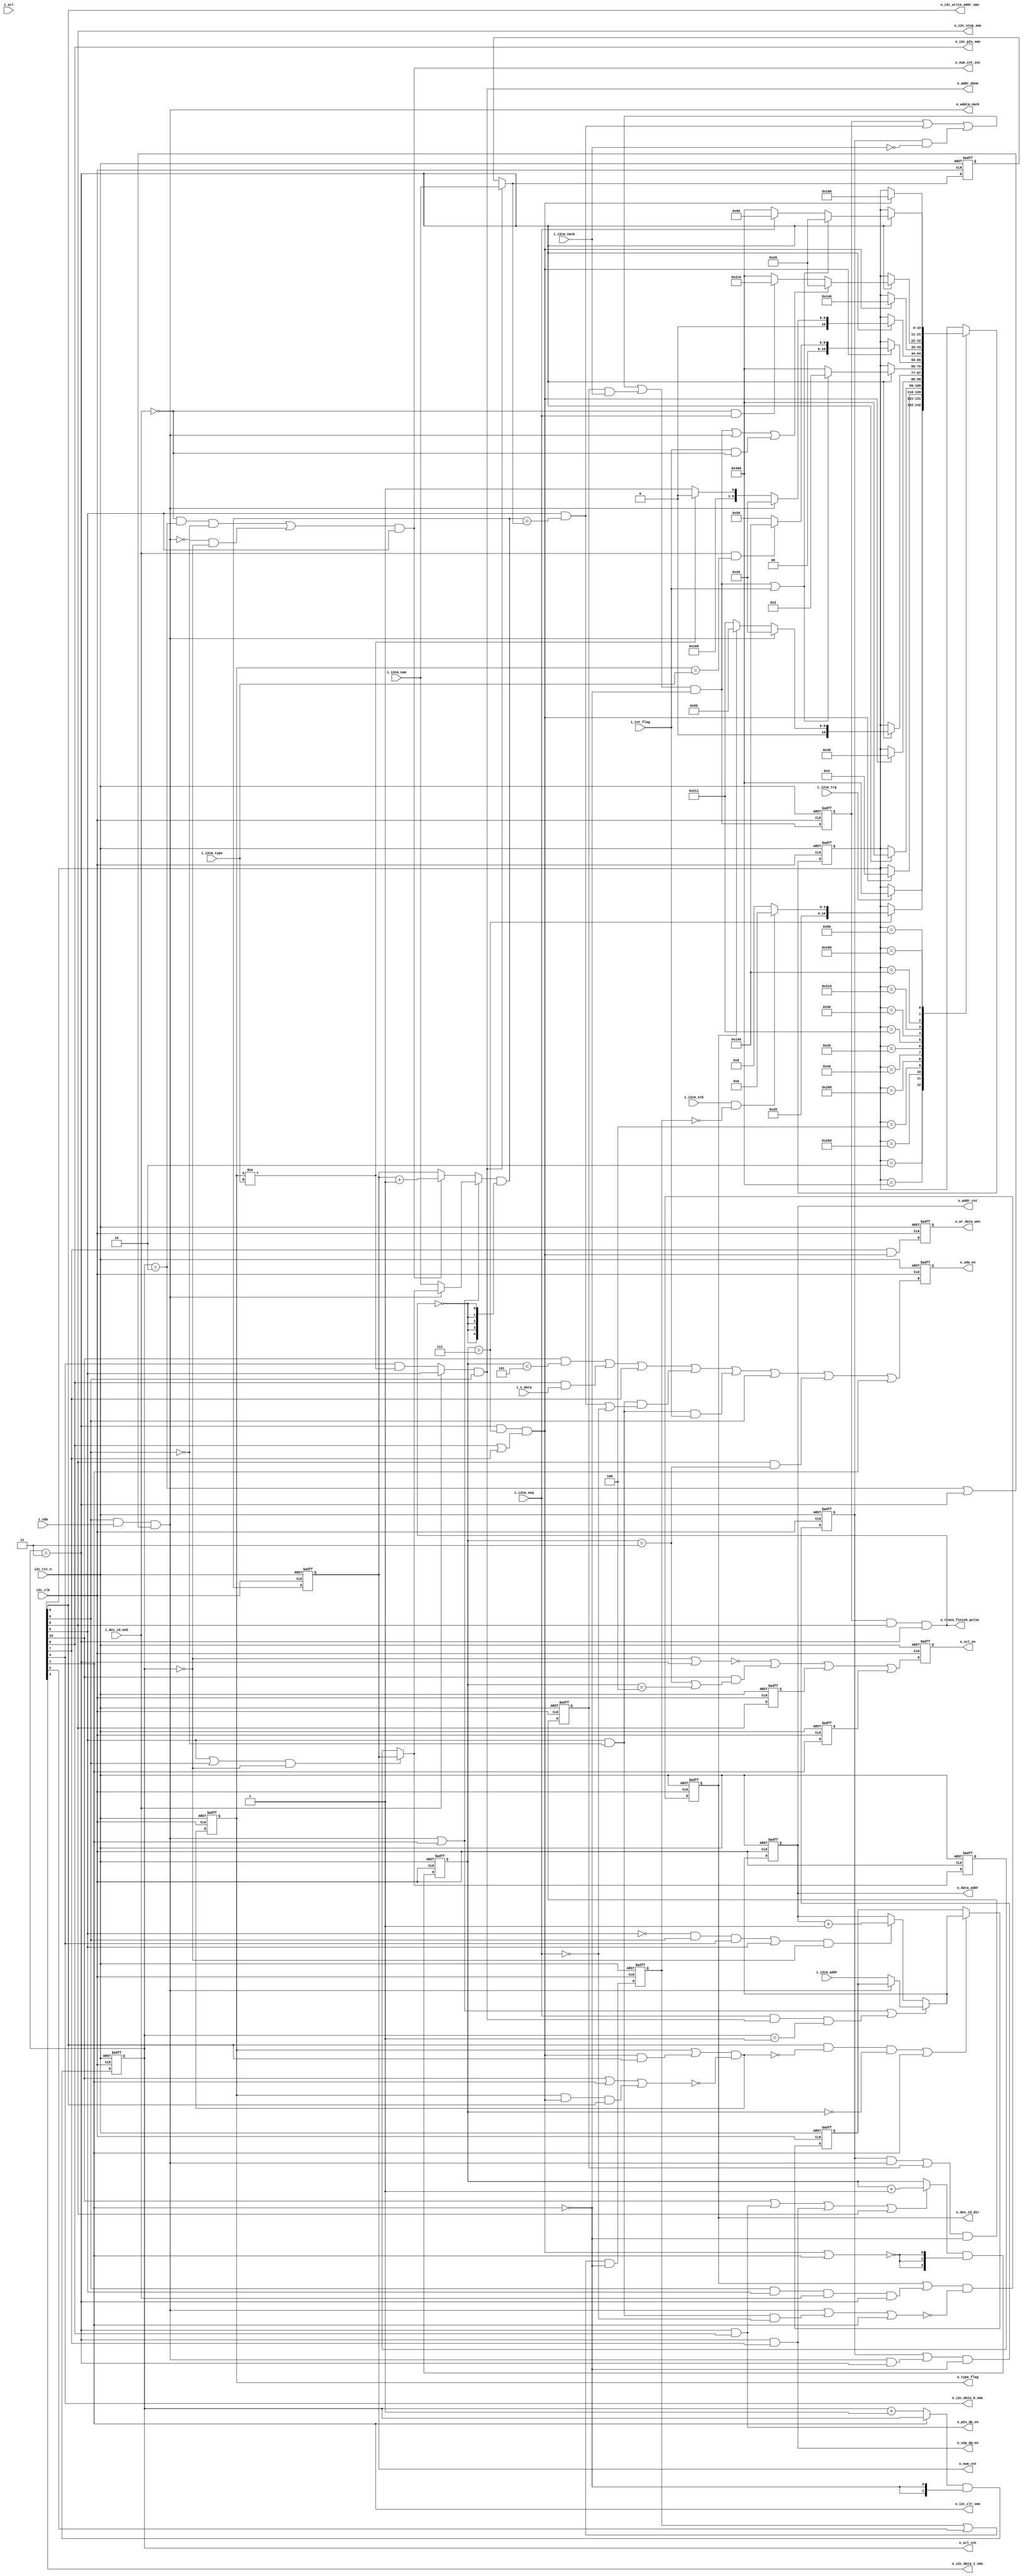
// +FHDR -----------------------------------------------------------------------
// Copyright (c) Silicon Optronics. Inc. 2014
//
// Version:             $Revision$
// Last Modified By:    $Author$
//
// File Description:    i2c master control block 
//                      
// Clock Domain:        input:384k,1536k,2048k,3072k
//                      output(SCL):96k,384k,512k,768k
//                      output(CLK):384k,1536k,2048k,3072k
// interrupt:           i_int_flag is means that the current transmit will be interrupt and i2c master will start a new transmit.
//                      arbiter receive trg_0 when trg_1 is working , then i_int_flag will be setted to 1. after i2c master status comes to 
//                      I2C_IDLE then i_int_flag will go down to 0. trg_0 transmit will start after interrupt go to 0 and trg_1 will resume 
//                      after trg_0 finish transmitting.
// -FHDR -----------------------------------------------------------------------
module i2cm_ctrl

   #( 
      parameter  NUM_WID     = 5
     )
(
//----------------------------------------------//
// Output declaration                           //
//----------------------------------------------//

output   reg                  o_sda_en,                     //use enable to control io_sda
output   reg                  o_scl_en,                     //use enable to control io_scl
output   reg                  o_wr_data_wen, 
output       [7:0]            o_data_addr, 
output                        o_trans_finish_pulse,
output                        o_wdata_nack,
output   reg [7:0]            o_addr_cnt,
output   reg [NUM_WID-1:0]    o_num_cnt,
output                        o_i2c_clr_smo,
output                        o_addr_done,
output   reg                  o_type_flag,
output                        o_num_cnt_inc,
output   reg [1:0]            o_scl_cnt,
output                        o_i2c_stop_smo,

output                        o_i2c_p2s_smo,                      
output                        o_i2c_data_0_smo, 
output                        o_i2c_data_1_smo, 
output                        o_i2c_write_addr_smo,   
output   reg                  o_dev_id_dir,                 //change dirction of the transmit       
output                        o_p2s_dp_en,
output                        o_s2p_dp_en,   
        

//----------------------------------------------//
// Input declaration                            //
//----------------------------------------------//

input                         i2c_clk,
input                         i2c_rst_n,
input                         i_i2cm_type,                  //8a8d , 16a8d
input                         i_i2cm_nack,
input                         i_i2cm_stb,                   //open start byte or not
input                         i_i2cm_seq,                   //ramdom mode , sequencial mode 
input                         i_dev_id_msb,                 //be used to know the data direction 
input                         i_sda,                        //input sda
input                         i_scl,                        //input scl
input                         i_i2cm_trg,                   //trigger signal 
input                         i_s_data,                     //the internal signal from p2s . this signal will go to control the sda enable

input [NUM_WID-1:0]           i_i2cm_num,
input [7:0]                   i_i2cm_addr,
input                         i_int_flag                    //arbiter receive trg_0 when trg_1 is working 
                                                            //then i2c master will receive i_int_flag  
);

//----------------------------------------------//
// Local Parameter                              //
//----------------------------------------------//

localparam [10:0]  I2C_IDLE           = 11'b000_0000_0010,  //wait the trigger signal and clear all flag
                   I2C_START          = 11'b100_0000_0000,  //make the start signal for sda 
                   I2C_STB            = 11'b010_0000_0000,  //let sda send start signal 
                   I2C_STB_ACK        = 11'b000_0000_0100,  //wait start byte ack 
                   I2C_ID             = 11'b010_0000_1000,  //send device id with sda 
                   I2C_ID_ACK         = 11'b000_0100_1000,  //wait the id ack
                   I2C_STOP           = 11'b000_0010_0000,  //send the stop signal with sda 
                   I2C_WADDR          = 11'b010_0001_0001,  //write address to slave i2c 
                   I2C_WADDR_ACK      = 11'b000_0101_0000,  //wait for the waddr ack 
                   I2C_WR_DATA        = 11'b010_0001_0000,  //write data to i2c slave 
                   I2C_NUM_ACK        = 11'b001_0100_0000,  //only this status will go to stop or start status
                   I2C_RD_DATA        = 11'b000_1000_0000,  //read data from i2c slave 
                   I2C_RD_ACK         = 11'b001_0000_0000;  //send ack or nonack signal 



//----------------------------------------------//
// Register & Wire declaration                  //
//----------------------------------------------//

//---------------------------------------------fsm condition & flag
reg   [10:0]           i2c_m_cs;
reg   [10:0]           i2c_m_ns;      
wire                   i2c_stb_smo;                      
wire                   i2c_s2p_smo;           
wire                   i2c_nack_smo; 
wire                   i2c_num_smo; 
wire                   i2c_start_smo; 
reg                    stb_flag;
wire                   stb_flag_nxt;
reg                    nack_flag;
wire                   nack_flag_nxt;
reg                    nack_flag2;
wire                   nack_flag2_nxt;
wire                   o_type_flag_nxt;
wire                   trg_flag;
wire                   trans_8th;
reg                    trans_finish;
wire                   trans_finish_nxt;
wire                   o_dev_id_dir_nxt;
//---------------------------------------------output 
wire                   o_scl_en_nxt;
wire                   o_sda_en_nxt;
wire                   o_wr_data_wen_nxt;
//---------------------------------------------others 
wire                   num_done;
reg                    o_i2c_clr_smo_q;
reg                    o_i2c_stop_smo_q;
wire  [7:0]            addr_cnt_basic_nxt;
reg   [7:0]            addr_cnt_basic;
wire  [NUM_WID-1:0]    num_basic_nxt;
reg   [NUM_WID-1:0]    num_basic;
reg   [NUM_WID-1:0]    trans_num;
wire  [NUM_WID-1:0]    trans_num_nxt;
//---------------------------------------------counter 
wire  [NUM_WID-1:0]    o_num_cnt_nxt;
wire                   num_cnt_clr;
wire                   num_cnt_set;
wire  [NUM_WID-1:0]    num_cnt_set_val;
wire  [7:0]            o_addr_cnt_nxt;
wire                   addr_cnt_inc;
wire                   addr_cnt_set;
wire  [7:0]            addr_cnt_set_val;
wire  [1:0]            o_scl_cnt_nxt;
wire                   scl_cnt_inc;
wire                   scl_cnt_clr;
reg   [2:0]            sda_cnt;
wire  [2:0]            sda_cnt_nxt;
wire                   sda_cnt_inc;
wire                   sda_cnt_clr;

//----------------------------------------------//
// Code Descriptions                            //
//----------------------------------------------//

//---------------fsm condition & flag

assign trg_flag            = i_i2cm_trg;
assign stb_flag_nxt        = (stb_flag | i2c_stb_smo) & ~(o_i2c_clr_smo);  
assign nack_flag_nxt       = (nack_flag | (o_wdata_nack & o_scl_cnt==2'h3)) & ~(o_i2c_clr_smo);    // nack flag wave 
assign nack_flag2_nxt      = ((nack_flag & o_wdata_nack) | nack_flag2) & ~(o_i2c_clr_smo);         // nack flag wave (the second times nack)
assign o_type_flag_nxt     = (o_type_flag | (trans_8th & o_i2c_write_addr_smo)) &      // set to 1 in waddr (16a8d)
                             ~(i2c_start_smo | o_i2c_clr_smo |                         // clear in start status or idle status 
                             (o_type_flag & trans_8th & o_i2c_write_addr_smo));        // clear flag in waddr when the flag already set to 1 
assign trans_8th           = (o_scl_cnt==2'h3) & (sda_cnt==3'h7) &   // when transmit to the eighth bit , this signal will set to one 
                             (o_i2c_p2s_smo | i2c_s2p_smo);          // will enable when the status is I2C_STB or I2C_ID or I2C_WADDR or    
                                                                     // I2C_WR_DATA or I2C_RD_DATA
assign o_wdata_nack        = i2c_nack_smo & i_sda & 
                             (o_scl_cnt==2'h2 | o_scl_cnt==2'h3);    // scl_cnt==2 for arbiter fsm ,scl_cnt==3 for i2cm
assign trans_finish_nxt    = (trans_finish | num_done |                     // when num equal to i_i2cm_num , set to 1
                             (nack_flag  & i_i2cm_nack==1'b0) |             // the first time receive nack
                             (nack_flag2 & i_i2cm_nack)) &                  // the second time receive nack
                             ~(o_i2c_clr_smo);
assign o_trans_finish_pulse= trans_finish &
                             o_i2c_stop_smo & o_scl_cnt==2'h3;              // in order to make the pulse 
assign o_dev_id_dir_nxt    = (o_dev_id_dir |
                             (i2c_nack_smo & i2c_num_smo & i_dev_id_msb & o_scl_cnt==2'h3)) & //NUM_ACK status (read address only)
                             ~(o_wdata_nack |                                                 //cannot swift when master receive a nack 
                             (i2c_num_smo & i2c_nack_smo==1'h0 & i_i2cm_seq==1'h0) |    // set to zero in RD_ACK status (random mode only)
                             o_i2c_clr_smo);                                            // set to zero in IDLE status (random mode only)
//----------------output

assign o_scl_en_nxt        = ~(o_scl_cnt==2'h0 | o_scl_cnt==2'h3 ) |                               // scl_en control by o_scl_cnt
                             (i2c_start_smo & (sda_cnt==3'h3 | sda_cnt==3'h4)) |                   // make start pulse
                             o_i2c_stop_smo_q | o_i2c_clr_smo_q;                                   // idle status,stop status
                                                                                                   // scl will keep to 1  
assign o_sda_en_nxt        = (i2c_start_smo & (sda_cnt < 3'h5)) |                                  // start signal 
                             ( o_i2c_p2s_smo & i_s_data) |                                         // according to p2s data 
                             i2c_s2p_smo |                                                         // in read data status 
                             (i2c_num_smo & i2c_nack_smo==1'h0 & (num_done | i_i2cm_seq==1'b0)) |  // in I2C_RD_ACK status
                             (i2c_num_smo & i2c_nack_smo==1'h0 & i_int_flag) |                     // in I2C_RD_ACK status , interrupt
                             i2c_nack_smo |                                                        // status in ack , need to keep 1
                             (o_i2c_stop_smo & sda_cnt==3'h3)|                                     // in stop status
                             o_i2c_clr_smo ;                                                       // in idle status 

assign o_wr_data_wen_nxt   = i2c_s2p_smo & trans_8th;                          // enable when the eighth data is parallel from serial

//----------------others
assign trans_num_nxt       = (o_addr_done) ? i_i2cm_num : trans_num;           // I2C_NUM_ACK , I2C_WADDR_ACK
assign num_done            = i2c_num_smo & (o_num_cnt_nxt == trans_num_nxt);   //have to wait for trans_num_nxt
                                                                               // in I2C_RD_ACK ,I2C_NUM_ACK . trans all data 
assign o_p2s_dp_en         = (o_scl_cnt==2'h3) & o_i2c_p2s_smo;           // active p2s when status is in I2C_ID , I2C_WADDR , I2C_WR_DATA
assign o_s2p_dp_en         = (o_scl_cnt==2'h3) & i2c_s2p_smo;             // active s2p when status is in I2C_RD_DATA status 
assign o_data_addr         = o_addr_cnt;
assign addr_cnt_basic_nxt  = ((o_i2c_write_addr_smo & o_type_flag_nxt==1'b0 & sda_cnt==3'h0) | o_i2c_clr_smo)? 
                                                                          //I2C_WADDR,store addr before nack
                             o_addr_cnt_nxt : addr_cnt_basic;
assign num_basic_nxt       = ((i2c_num_smo | i2c_nack_smo) & o_scl_cnt==2'h0) ? o_num_cnt : num_basic; //all ACK status 
assign o_addr_done         = (i_dev_id_msb ? (i2c_num_smo) :                                           //read address done , I2C_NUM_ACK
                             o_i2c_data_0_smo & (o_type_flag != i_i2cm_type)) & 
                             i2c_nack_smo ;                                                            //write address done , I2C_WADDR_ACK
//----------------counter 

assign o_num_cnt_nxt       = (num_cnt_set ? num_cnt_set_val : (o_num_cnt_inc ? o_num_cnt + 1'h1 : o_num_cnt)) & {(NUM_WID){~num_cnt_clr}};
assign o_num_cnt_inc       = ((i_dev_id_msb==1'h0 & o_scl_cnt==2'h2 & !o_wdata_nack) |  // I2C_NUM_ACK (only in write data)
                             (~i2c_nack_smo & o_scl_cnt==2'h0)) &                       // I2C_RD_ACK (only in read data)
                             i2c_num_smo ;                                              // status in I2C_NUM_ACK,I2C_RD_ACK
assign num_cnt_clr         = o_trans_finish_pulse; 
assign num_cnt_set         = o_wdata_nack | o_i2c_clr_smo;                              //in nack or resume transmit low authority transmit
assign num_cnt_set_val     = o_wdata_nack ? num_basic_nxt : i_i2cm_num;

assign o_addr_cnt_nxt      = addr_cnt_set ? addr_cnt_set_val : (addr_cnt_inc ? o_addr_cnt + 1'h1 : o_addr_cnt); 
assign addr_cnt_inc        = ((!i2c_num_smo & i2c_nack_smo & o_i2c_data_0_smo)  |   //in I2C_WADDR_ACK address count 1
                             (i2c_num_smo)) &                                       //NUM_ACK and RD_ACK
                             o_scl_cnt==2'h0;                                       //make a pulse 
assign addr_cnt_set        = o_wdata_nack |                                         //when the system receive a nack feedback , addr need get
                             o_i2c_clr_smo |                                        //get the keep address or i_i2cm_addr
                             (i_i2cm_seq & o_addr_done & o_scl_cnt==2'h1);
assign addr_cnt_set_val    = o_wdata_nack ? addr_cnt_basic : i_i2cm_addr;

assign o_scl_cnt_nxt       = (scl_cnt_inc ? o_scl_cnt+1'h1 : o_scl_cnt) & {2{~scl_cnt_clr}};
assign scl_cnt_inc         = ~o_i2c_clr_smo; 
assign scl_cnt_clr         = o_i2c_clr_smo;

assign sda_cnt_nxt         = (sda_cnt_inc ? sda_cnt+1'h1 : sda_cnt) & {3{~sda_cnt_clr}};
assign sda_cnt_inc         = i2c_start_smo |                 // when status is in I2C_START , sda_cnt will start 
                             o_p2s_dp_en |                   // in I2C_WR_DATA or I2C_WADDR or I2C_ID or I2C_STB , sda_cnt will start 
                             o_s2p_dp_en |                   // when status is in I2C_RD_DATA , sda_cnt will start 
                             o_i2c_stop_smo;                 // stop status 
assign sda_cnt_clr         = trans_8th |                     // set to 0 when data already transmit 8 bit data      
                             o_i2c_clr_smo;          

// ---------- State Machine --------------------//
assign  i2c_start_smo           = i2c_m_cs[10];
assign  o_i2c_p2s_smo           = i2c_m_cs[9];
assign  i2c_num_smo             = i2c_m_cs[8];
assign  i2c_s2p_smo             = i2c_m_cs[7];
assign  i2c_nack_smo            = i2c_m_cs[6];
assign  o_i2c_stop_smo          = i2c_m_cs[5];
assign  o_i2c_data_0_smo        = i2c_m_cs[4];
assign  o_i2c_data_1_smo        = i2c_m_cs[3];
assign  i2c_stb_smo             = i2c_m_cs[2];
assign  o_i2c_clr_smo           = i2c_m_cs[1];
assign  o_i2c_write_addr_smo    = i2c_m_cs[0];          

always @* begin : I2C_M_FSM
  i2c_m_ns = i2c_m_cs; 


  case (i2c_m_cs)
    I2C_IDLE: 

             if(trg_flag) 
               i2c_m_ns = I2C_START;
               
    I2C_START:

             begin 
               if (sda_cnt==3'h7) begin
                  if(i_i2cm_stb==1'h1 & stb_flag==1'h0)
                    i2c_m_ns = I2C_STB;
                  else
                    i2c_m_ns = I2C_ID;
               end
             end

    I2C_STB:

             if (trans_8th) 
               i2c_m_ns = I2C_STB_ACK;

    I2C_STB_ACK:

             if (o_scl_cnt==2'h3) 
                i2c_m_ns = I2C_START;

    I2C_ID:
             if (trans_8th) 
                i2c_m_ns = I2C_ID_ACK;

    I2C_ID_ACK:

             begin 
               if (o_scl_cnt==2'h3) begin
                 if (o_wdata_nack)
                   i2c_m_ns = I2C_STOP;
                 else begin
                   if(o_dev_id_dir)
                     i2c_m_ns = I2C_RD_DATA;         
                   else
                     i2c_m_ns = I2C_WADDR; 
                 end
               end
             end

    I2C_STOP:

             begin 
               if (o_scl_cnt==2'h3) begin
                 if(trans_finish_nxt | i_int_flag)
                   i2c_m_ns =I2C_IDLE;
                 else
                   i2c_m_ns =I2C_START;
               end
             end

    I2C_WADDR:

             begin 
               if (trans_8th) begin
                 if(i_dev_id_msb & (o_type_flag == i_i2cm_type))
                   i2c_m_ns = I2C_NUM_ACK;
                 else 
                   i2c_m_ns = I2C_WADDR_ACK;
               end
             end

    I2C_WADDR_ACK:

             begin 
               if (o_scl_cnt==2'h3) begin
                 if(o_wdata_nack)
                   i2c_m_ns = I2C_STOP;
                 else begin
                   if (o_type_flag != i_i2cm_type)
                     i2c_m_ns = I2C_WR_DATA;
                   else
                     i2c_m_ns = I2C_WADDR; 
                 end
               end
             end

    I2C_WR_DATA:

             begin 
               if (trans_8th) 
                 i2c_m_ns = I2C_NUM_ACK;
             end

    I2C_NUM_ACK:

             begin 
               if (o_scl_cnt==2'h3) begin
                 if(trans_finish_nxt | o_wdata_nack | (i_int_flag & i_dev_id_msb==1'h0))
                   i2c_m_ns = I2C_STOP;
                 else
                   if(i_dev_id_msb==1'h0 & i_i2cm_seq)
                     i2c_m_ns = I2C_WR_DATA;
                   else
                     i2c_m_ns = I2C_START;
               end
             end

    I2C_RD_DATA:

             begin 
               if (trans_8th) 
                 i2c_m_ns = I2C_RD_ACK;
             end

    I2C_RD_ACK:

             begin 
               if (o_scl_cnt==2'h3) begin
                 if(trans_finish_nxt | i_int_flag)
                   i2c_m_ns = I2C_STOP;
                 else begin
                   if(i_i2cm_seq)
                     i2c_m_ns = I2C_RD_DATA;
                   else
                     i2c_m_ns = I2C_START;
                 end
               end
             end

  endcase 

end


always @(posedge i2c_clk or negedge i2c_rst_n) begin
   if (~i2c_rst_n) 
    i2c_m_cs          <= 11'b000_0000_0010;
   else
    i2c_m_cs          <= i2c_m_ns; 
end


always @(posedge i2c_clk or negedge i2c_rst_n) begin
   if (~i2c_rst_n) begin

//---------------------------------------------fsm condition & flag
    stb_flag          <= 1'h0;
    nack_flag         <= 1'h0;
    nack_flag2        <= 1'h0;
    o_type_flag       <= 1'h0;
    o_dev_id_dir      <= 1'h0;
    o_i2c_clr_smo_q   <= 1'h1;
    o_i2c_stop_smo_q  <= 1'h0;
    trans_finish      <= 1'h0;
//---------------------------------------------output
    o_sda_en          <= 1'h0;
    o_scl_en          <= 1'h0;
    o_wr_data_wen     <= 1'h0;
//---------------------------------------------counter 
    o_num_cnt         <= {(NUM_WID){1'h0}};
    o_scl_cnt         <= 2'h0;
    sda_cnt           <= 3'h0;
    o_addr_cnt        <= 8'h0;
    addr_cnt_basic    <= 8'h0;
//---------------------------------------------others
    num_basic         <= 8'h0;
    trans_num         <= 8'h0;
   end
   else begin

//---------------------------------------------fsm condition & flag
    stb_flag          <= stb_flag_nxt;
    nack_flag         <= nack_flag_nxt;
    nack_flag2        <= nack_flag2_nxt;
    o_type_flag       <= o_type_flag_nxt;
    o_dev_id_dir      <= o_dev_id_dir_nxt;
    o_i2c_clr_smo_q   <= o_i2c_clr_smo;
    o_i2c_stop_smo_q  <= o_i2c_stop_smo;
    trans_finish      <= trans_finish_nxt;
//---------------------------------------------output 
    o_sda_en          <= o_sda_en_nxt;
    o_scl_en          <= o_scl_en_nxt;
    o_wr_data_wen     <= o_wr_data_wen_nxt; 
//---------------------------------------------counter 
    o_num_cnt         <= o_num_cnt_nxt;
    o_scl_cnt         <= o_scl_cnt_nxt;
    sda_cnt           <= sda_cnt_nxt;
    o_addr_cnt        <= o_addr_cnt_nxt;
    addr_cnt_basic    <= addr_cnt_basic_nxt;
//---------------------------------------------others
    num_basic         <= num_basic_nxt;
    trans_num         <= trans_num_nxt;
   end
end

endmodule